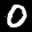
Label: 0